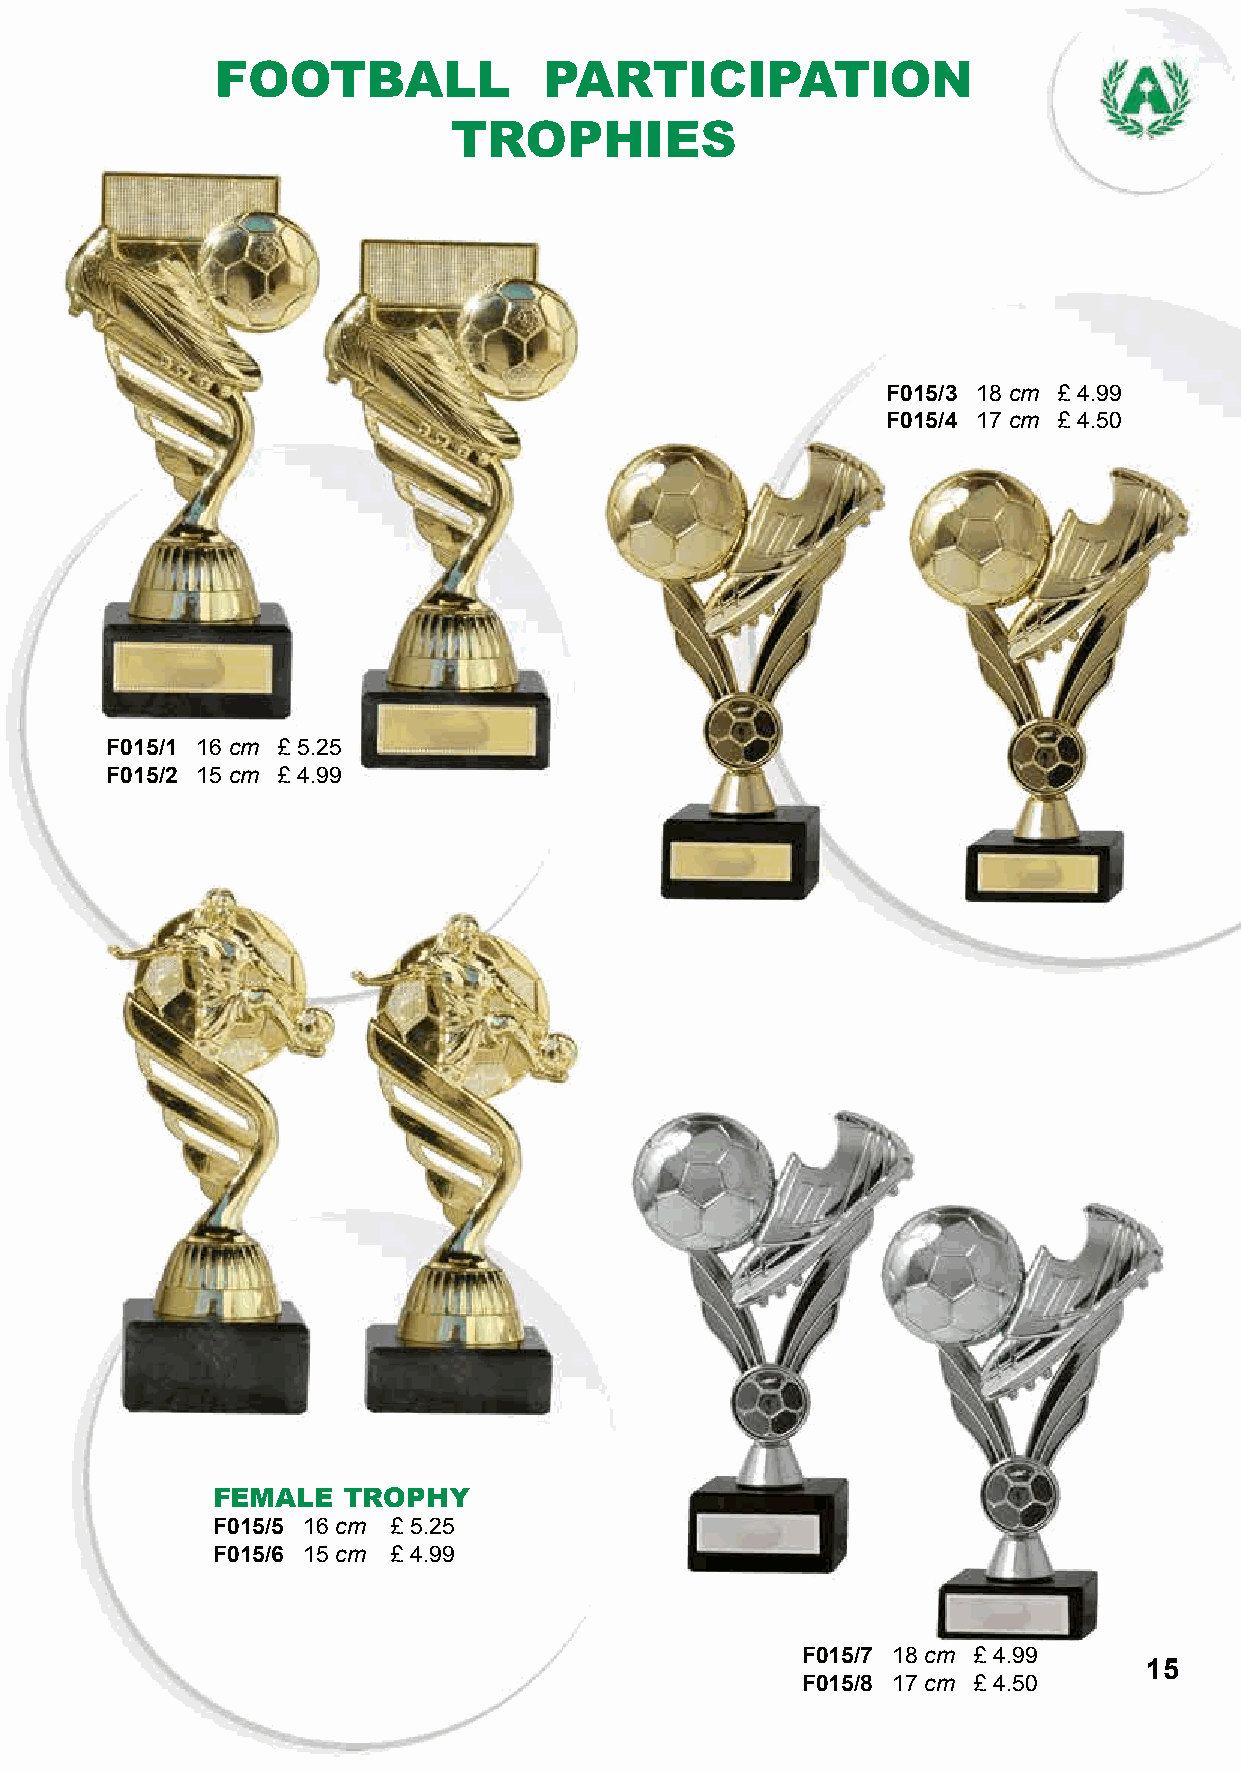
FOOTBALL              PARTICIPATION
 TROPHIES
 F015/3 18 cm £ 4.99
 F015/4 17 cm £ 4.50
 F015/1 16 cm £ 5.25
 F015/2 15 cm £ 4.99
 FEMALE   TROPHY
 F015/5 16 cm £ 5.25
 F015/6 15 cm £ 4.99
 F015/7 18 cm £ 4.99
 15
 F015/8 17 cm £ 4.50